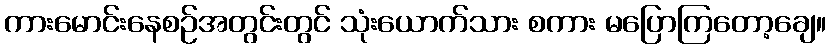
ကားမောင်းနေစဉ်အတွင်းတွင် သုံးယောက်သား စကား မပြောကြတော့ချေ။